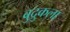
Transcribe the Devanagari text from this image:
बुद्रुकला